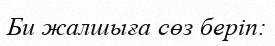
Би жалшыға сөз беріп: